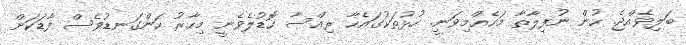
ބަލިވެއްޖެ. ހުން ނުފިލާތާ މަހެއްމިވަނީ. ހުޅުތަކުގައެހާ ރިއްސާ ހޮޑުލެވެނީ މިހާރު ހަންގަނޑުވެސް ފާޑަކަށް